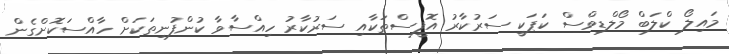
މައިލޯ ކްލަބް މޯލްޑިވްސް ކަޕަކީ ސަރުކާރު އޮފީސްތަކާއި ސަރުކާރު ހިއްސާވާ ކުންފުނިތަކަށް ހާއްސަކޮށްގެން